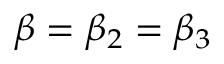
\beta = \beta _ { 2 } = \beta _ { 3 }